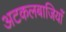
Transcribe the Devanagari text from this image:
अटकलबाजियाँ